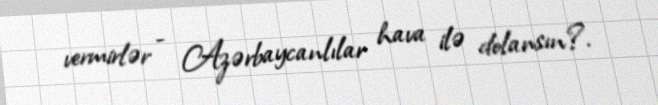
vermirlər - Azərbaycanlılar hava ilə dolansın?.